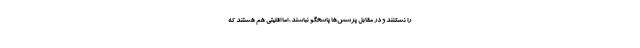
را نشكنند و در مقابل پرسش‌ها پاسخگو نباشند، اما اقليتي هم هستند كه